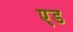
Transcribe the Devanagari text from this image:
ए़ड